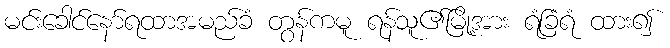
မင်းခေါင်နော်ရထာအမည်ခံ တွန်ကမူ ရန်သူ၏မြို့အား ရံခြံရံ ထား၍